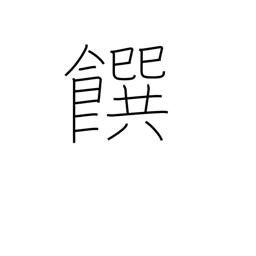
Meaning: food